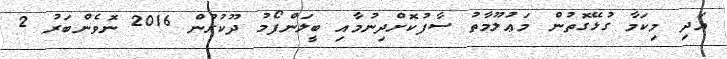
އަދި މިކަމާ ގުޅޭގޮތުން މަޢުލޫމާތު ސާފުކޮށްދިނުމާއި ބީލަންފޯމު ދޫކުރުން 2016 ނޮވެންބަރު 2